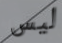
ليس